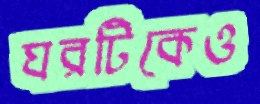
ঘরটিকেও